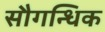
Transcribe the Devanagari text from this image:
सौगन्धिक